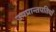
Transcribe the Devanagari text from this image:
उपप्रान्तपतियों